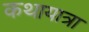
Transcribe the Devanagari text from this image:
कथायात्रा